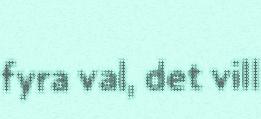
fyra val, det vill